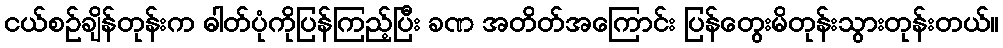
ငယ်စဉ်ချိန်တုန်းက ဓါတ်ပုံကိုပြန်ကြည့်ပြီး ခဏ အတိတ်အကြောင်း ပြန်တွေးမိတုန်းသွားတုန်းတယ်။